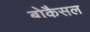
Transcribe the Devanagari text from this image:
बोकैसल